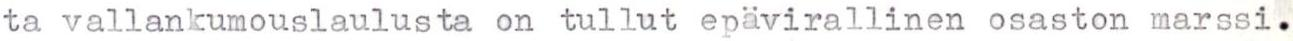
ta vallankumouslaulusta on tullut epävirallinen osaston marssi.